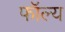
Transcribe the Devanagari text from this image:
फॉल्य